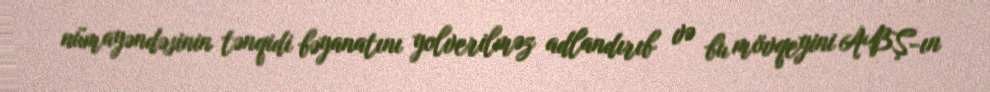
nümayəndəsinin tənqidi bəyanatını yolverilməz adlandırıb və bu mövqeyini ABŞ-ın